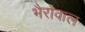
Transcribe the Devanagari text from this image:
भैरोवाल